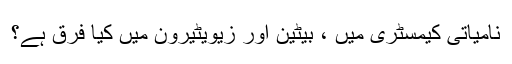
نامیاتی کیمسٹری میں ، بیٹین اور زیویٹیرون میں کیا فرق ہے؟